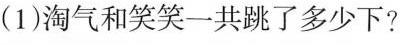
(1)淘气和笑笑一共跳了多少下?